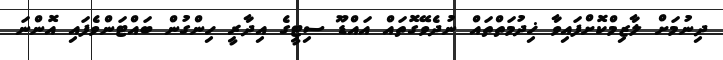
ދިނުމަށް ލާޒިމްކޮށްފައިވާ ޚިދުމަތްތައް ނުދެވޭގޮތައް އައްޑޫ ސިޓީގެ އިދާރީ ހިންގުން ބައްޓަންވެފައި އޮންނަ